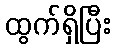
ထွက်ရှိပြီး